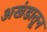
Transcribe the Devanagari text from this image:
अखंडातून